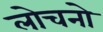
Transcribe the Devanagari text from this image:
लोचनो